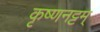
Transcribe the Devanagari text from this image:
कृष्णनट्टम्